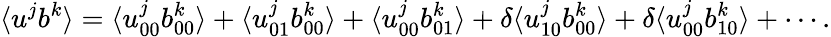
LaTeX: \langle{u^{j}b^{k}}\rangle=\langle{u_{00}^{j}b_{00}^{k}}\rangle+\langle{u_{01}^{j}b_{00}^{k}}\rangle+\langle{u_{00}^{j}b_{01}^{k}}\rangle+\delta\langle{u_{10}^{j}b_{00}^{k}}\rangle+\delta\langle{u_{00}^{j}b_{10}^{k}}\rangle+\cdots.